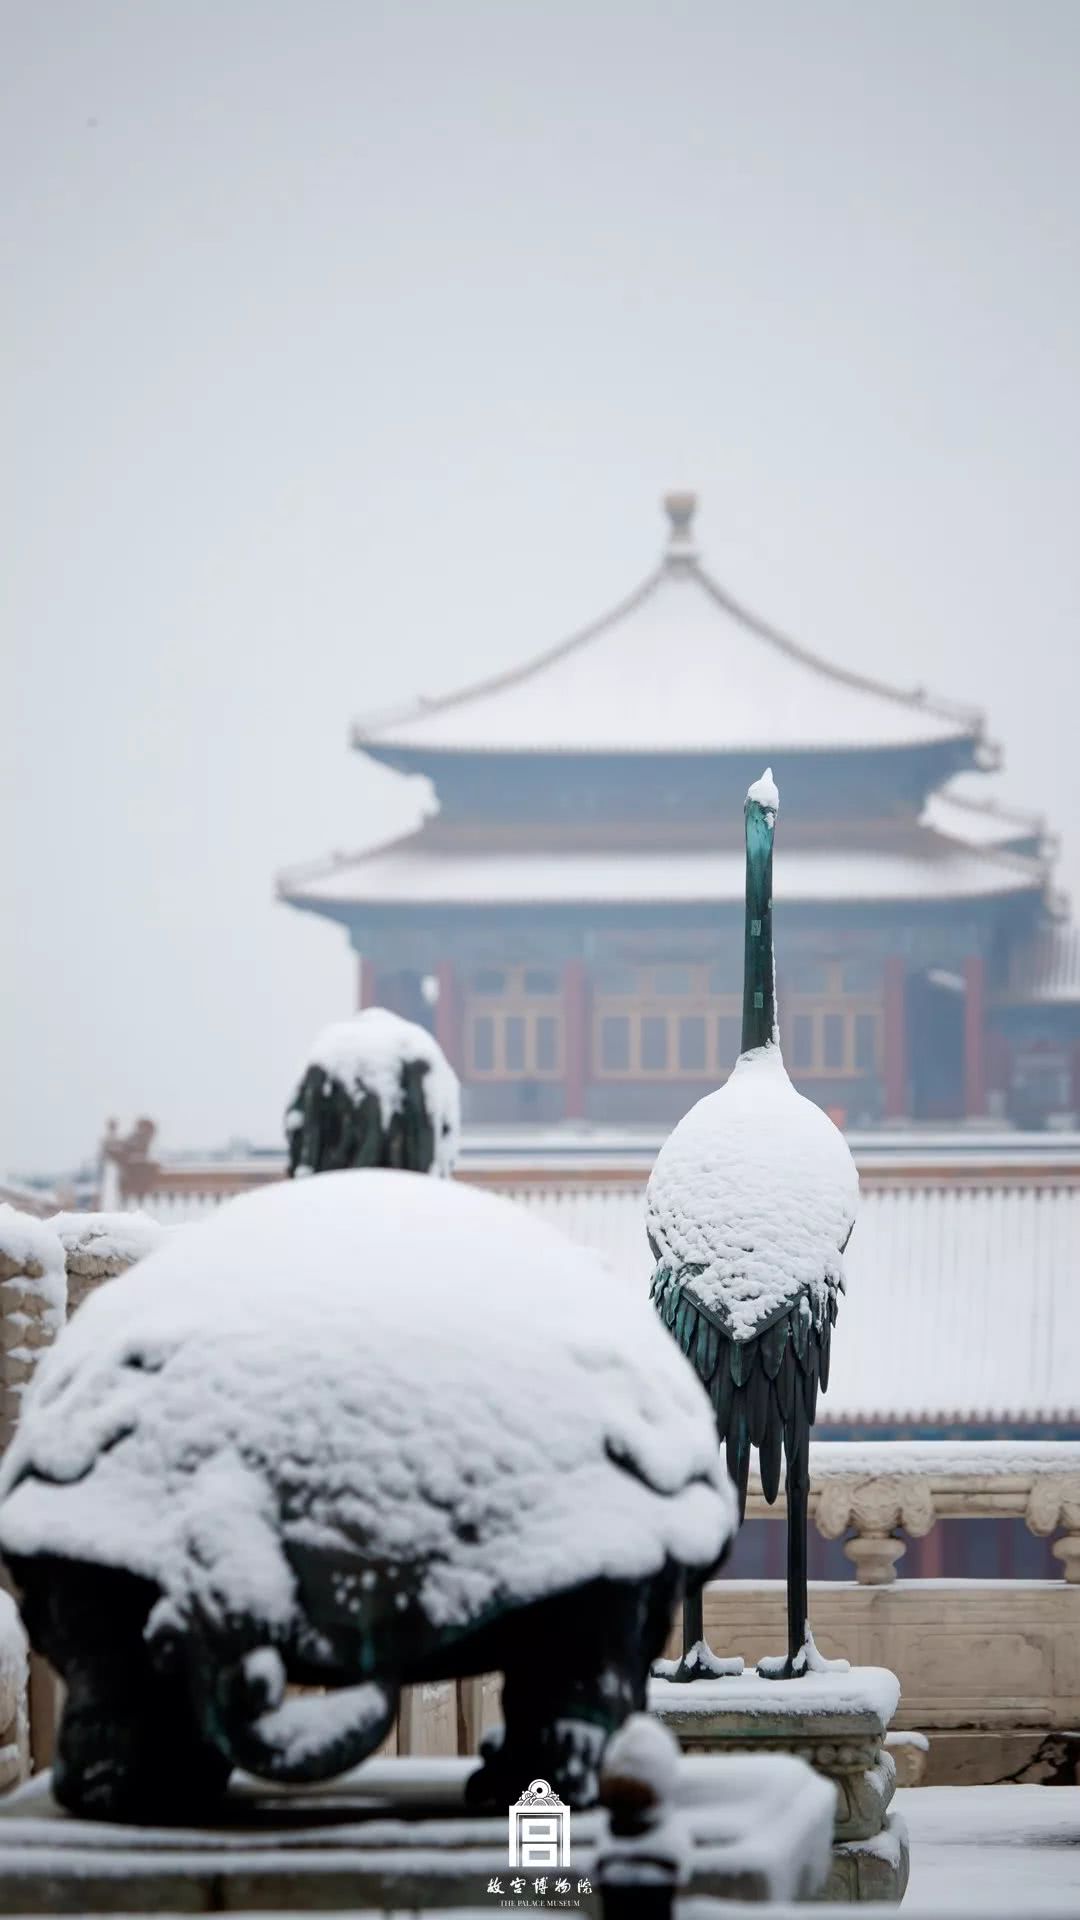
庭前雪压松桂丛，廊下点点悬纱笼。